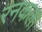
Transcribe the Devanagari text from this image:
रनकला